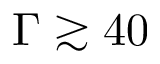
\Gamma \gtrsim 4 0